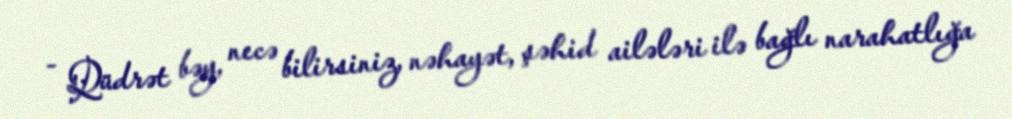
- Qüdrət bəy, necə bilirsiniz, nəhayət, şəhid ailələri ilə bağlı narahatlığa